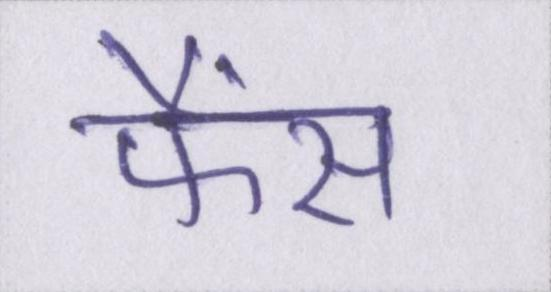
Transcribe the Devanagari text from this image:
फैंस